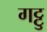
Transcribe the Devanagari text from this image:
गट्टु